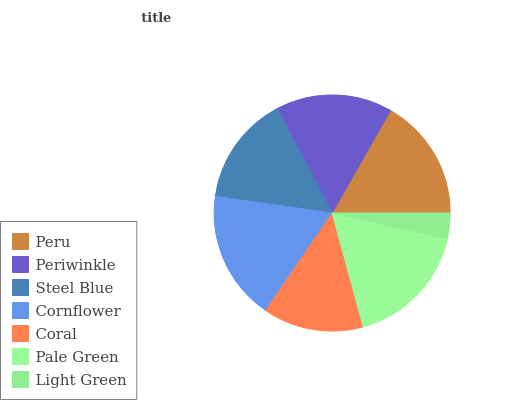
| Peru | Periwinkle | Steel Blue | Cornflower | Coral | Pale Green | Light Green |
 | --- | --- | --- | --- | --- | --- | --- |
 | 16.7% | 15.9% | 15.1% | 17.7% | 13.8% | 17.2% | 3.51% |